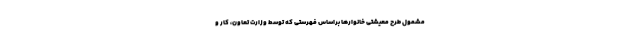
مشمول طرح معیشتی خانوارها براساس فهرستی که توسط وزارت تعاون، کار و